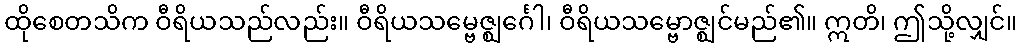
ထိုစေတသိက ဝီရိယသည်လည်း။ ဝီရိယသမ္ဗေဇ္ဈင်္ဂေါ၊ ဝီရိယသမ္ဗောဇ္ဈင်မည်၏။ ဣတိ၊ ဤသို့လျှင်။